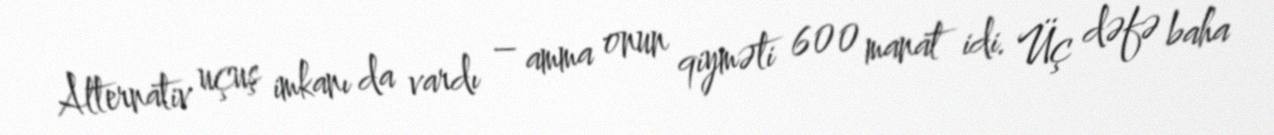
Alternativ uçuş imkanı da vardı – amma onun qiyməti 600 manat idi. Üç dəfə baha